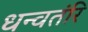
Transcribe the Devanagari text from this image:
धन्वतंरि